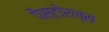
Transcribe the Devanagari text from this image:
पैस्टोरल्स